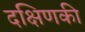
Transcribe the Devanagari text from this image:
दक्षिणकी